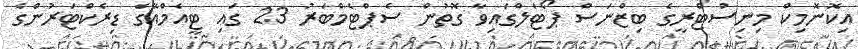
އިކޮނޮމިކް މިނިސްޓްރީގެ ބިޒްނަސް ޕޯޓަލްގައިވާ ގޮތުން ސެޕްޓެމްބަރު 23 ގައި ޓީއެމްއޭގެ ޑިރެކްޓަރުންގެ